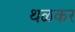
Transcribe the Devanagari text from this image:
थळकर